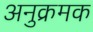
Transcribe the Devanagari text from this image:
अनुक्रमक